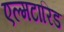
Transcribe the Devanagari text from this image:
एल्मटारिड